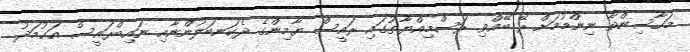
މަހާސިންތާ ނިންމުމަށް ރޭ ބޭއްވި ރަސްމިއްޔާތުގައި ރައީސް ޔާމިންގެ ދެކަނބަލުންނާއި ނައިބްރައީސް އަޙުމަދު